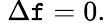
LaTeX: \ \Delta\mathtt{f}=0.